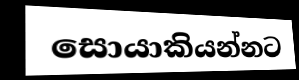
සොයාකියන්නට